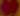
號